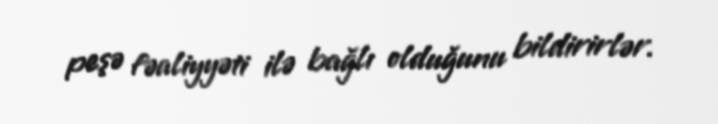
peşə fəaliyyəti ilə bağlı olduğunu bildirirlər.